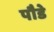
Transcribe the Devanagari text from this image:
पौडे